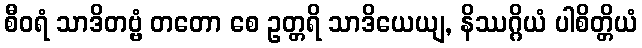
စီဝရံ သာဒိတဗ္ဗံ တတော စေ ဥတ္တရိ သာဒိယေယျ, နိဿဂ္ဂိယံ ပါစိတ္တိယံ